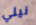
نيلي